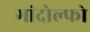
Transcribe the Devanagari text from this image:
गांदोल्फो